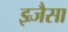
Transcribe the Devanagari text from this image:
झ्र्जैसा